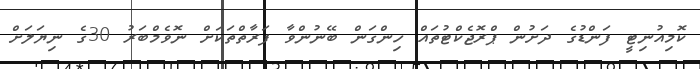
ކޮމިއުނިޓީ ފަންޑުގެ ދަށުން ޕްރޮޖެކްޓުތައް ހިންގަން ބޭނުންވާ ފަރާތްތަކަށް ނޮވެމްބަރު 30ގެ ނިޔަލަށް